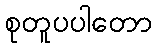
စုတူပပါတော